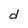
Character: d